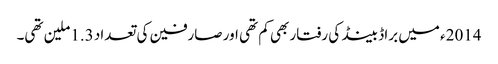
2014ء میں براڈ بینڈ کی رفتار بھی کم تھی اور صارفین کی تعداد 1.3ملین تھی۔